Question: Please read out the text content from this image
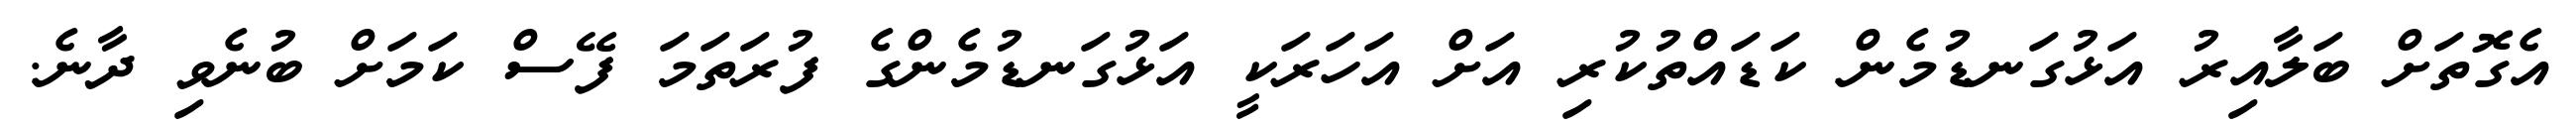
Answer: އެގޮތަށް ބަލާއިރު އަޅުގަނޑުމެން ކަޑައްތުކުރި އަށް އަހަރަކީ އަޅުގަނޑުމެންގެ ފުރަތަމަ ފޭސް ކަމަށް ބުނެވި ދާނެ.